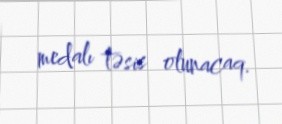
medalı təsis olunacaq.